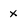
Character: x